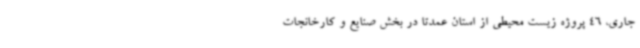
جاری، 46 پروژه زیست محیطی از استان عمدتاً در بخش صنایع و کارخانجات